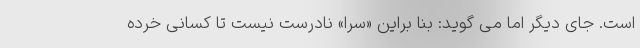
است. جای دیگر اما می گوید: بنا براین «سَرا» نادرست نیست تا کسانی خرده